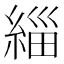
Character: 緇